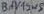
Text: BAY19WS